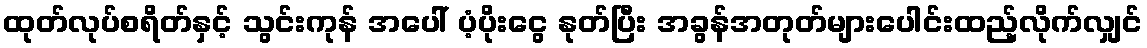
ထုတ်လုပ်စရိတ်နှင့် သွင်းကုန် အပေါ် ပံ့ပိုးငွေ နုတ်ပြီး အခွန်အတုတ်များပေါင်းထည့်လိုက်လျှင်